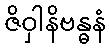
ဇိဝှါနိဗန္ဓနံ